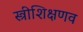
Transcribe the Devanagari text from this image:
स्त्रीशिक्षणव